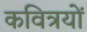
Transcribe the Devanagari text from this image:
कवित्रयों